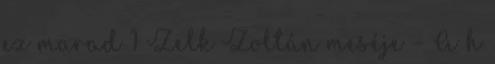
ez marad 1 Zelk Zoltán meséje – A h